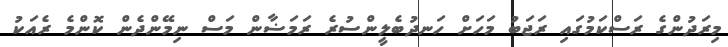
މިރަދުންގެ ރަސްކަމުގައި ރަޖަބު މަހަށް ހަނދުބެލީންސުރެ ރަމަޟާން މަސް ނިމޭންދެން ކޮންމެ ރެއަކު